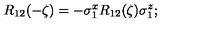
R _ { 1 2 } ( - \zeta ) = - \sigma _ { 1 } ^ { x } R _ { 1 2 } ( \zeta ) \sigma _ { 1 } ^ { z } ;